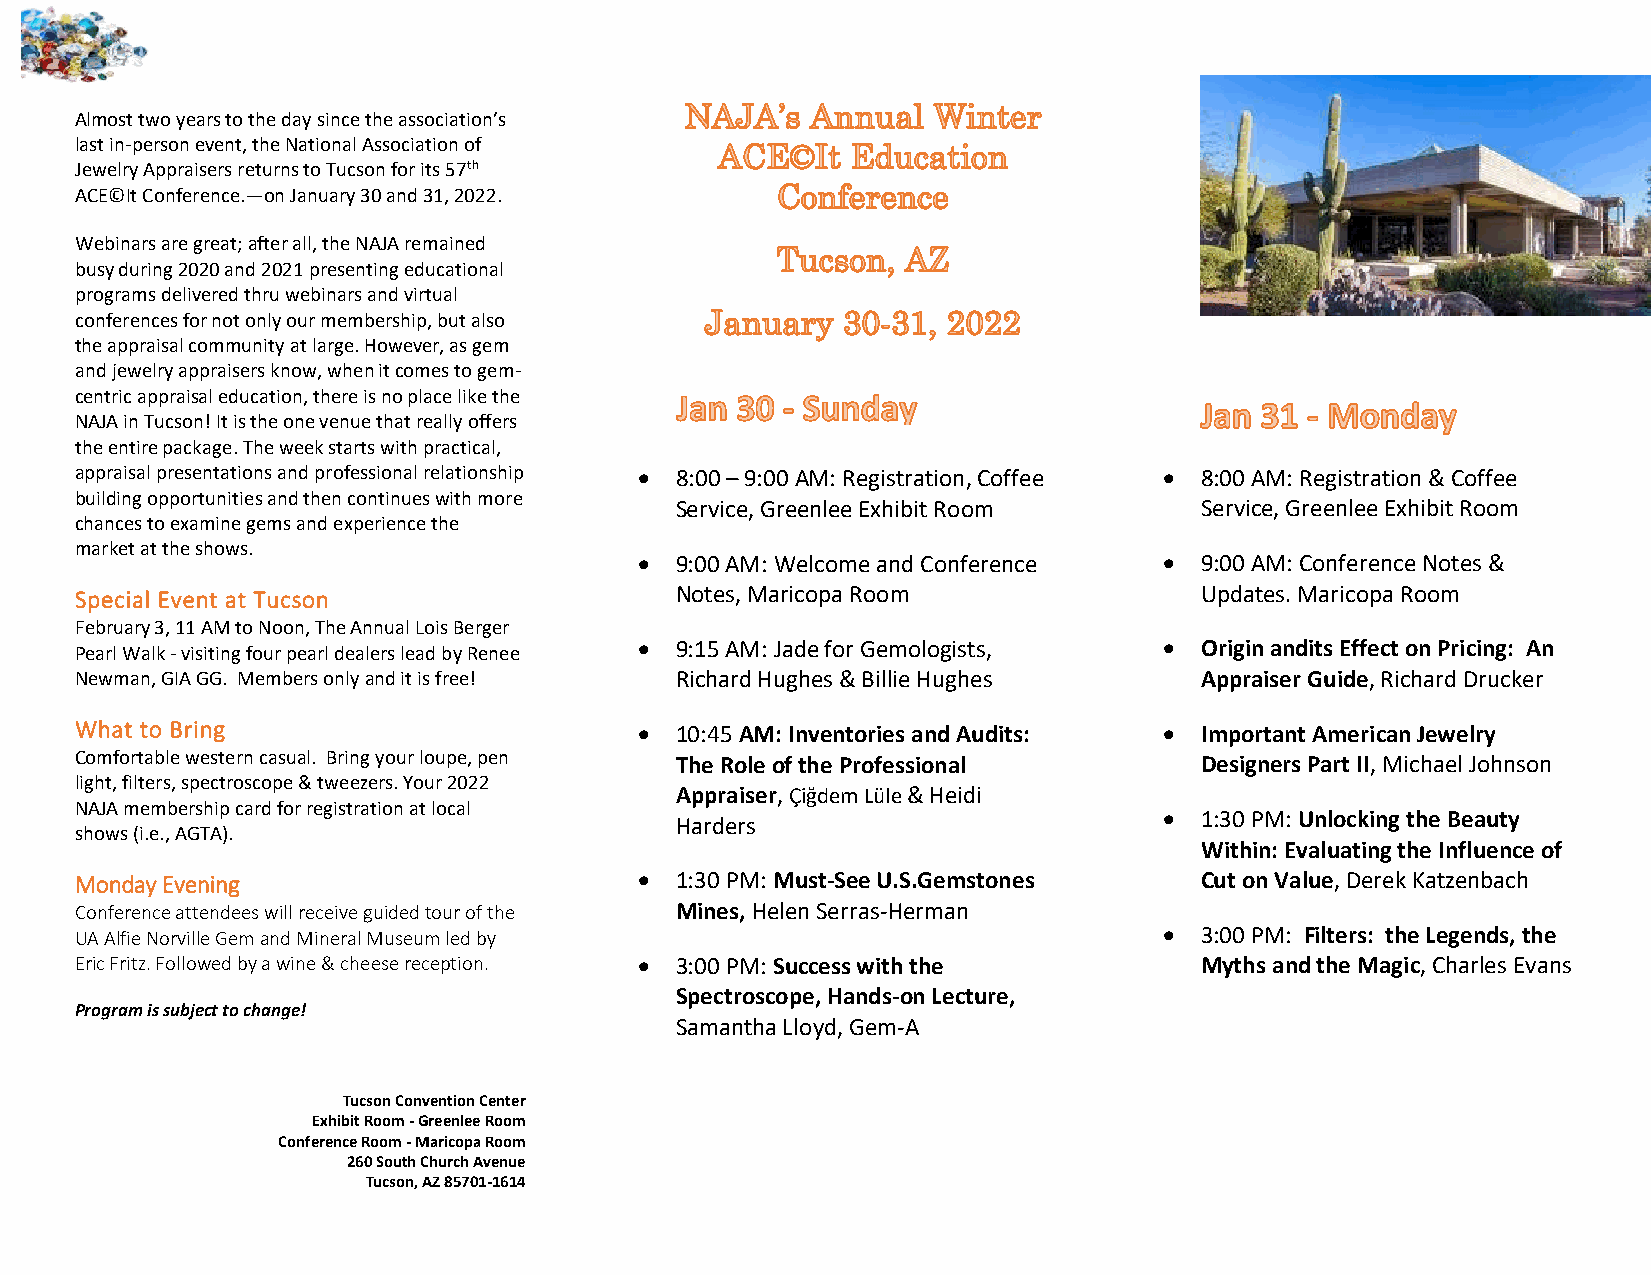
Almost two years to the day since the association’s
 last in-person event, the National Association of
 Jewelry Appraisers returns to Tucson for its 57th
 ACE©It Conference.—on January 30 and 31, 2022.
 Webinars are great; after all, the NAJA remained
 busy during 2020 and 2021 presenting educational
 programs delivered thru webinars and virtual
 conferences for not only our membership, but also
 the appraisal community at large. However, as gem
 and jewelry appraisers know, when it comes to gem-
 centric appraisal education, there is no place like the
 NAJA in Tucson! It is the one venue that really offers
 the entire package. The week starts with practical,
 appraisal presentations and professional relationship  8:00 – 9:00 AM: Registration, Coffee  8:00 AM: Registration & Coffee
 building opportunities and then continues with more
 Service, Greenlee Exhibit Room    Service, Greenlee Exhibit Room
 chances to examine gems and experience the
 market at the shows.
   9:00 AM: Welcome and Conference  9:00 AM: Conference Notes &
 Special Event at Tucson                 Notes, Maricopa Room              Updates. Maricopa Room
 February 3, 11 AM to Noon, The Annual Lois Berger
 Pearl Walk - visiting four pearl dealers lead by Renee  9:15 AM: Jade for Gemologists,  Origin andits Effect on Pricing: An
 Newman, GIA GG. Members only and it is free! Richard Hughes & Billie Hughes Appraiser Guide, Richard Drucker
 What to Bring                          10:45 AM: Inventories and Audits:  Important American Jewelry
 Comfortable western casual. Bring your loupe, pen The Role of the Professional Designers Part II, Michael Johnson
 light, filters, spectroscope & tweezers. Your 2022
 Appraiser, Çiğdem Lüle & Heidi
 NAJA membership card for registration at local
  1:30 PM: Unlocking the Beauty
 Harders
 shows (i.e., AGTA).
 Within: Evaluating the Influence of
 Monday Evening                         1:30 PM: Must-See U.S.Gemstones   Cut on Value, Derek Katzenbach
 Conference attendees will receive guided tour of the Mines, Helen Serras-Herman
 UA Alfie Norville Gem and Mineral Museum led by                          3:00 PM: Filters: the Legends, the
 Eric Fritz. Followed by a wine & cheese reception.  3:00 PM: Success with the Myths and the Magic, Charles Evans
 Spectroscope, Hands-on Lecture,
 Program is subject to change!
 Samantha Lloyd, Gem-A
 Tucson Convention Center
 Exhibit Room - Greenlee Room
 Conference Room - Maricopa Room
 260 South Church Avenue
 Tucson, AZ 85701-1614